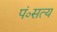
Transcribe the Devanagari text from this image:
पं०सत्य